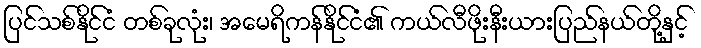
ပြင်သစ်နိုင်ငံ တစ်ခုလုံး၊ အမေရိကန်နိုင်ငံ၏ ကယ်လီဖိုးနီးယားပြည်နယ်တို့နှင့်